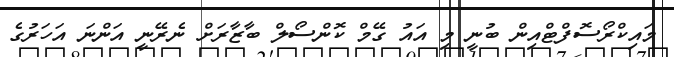
މައިކްރޯސޮފްޓްއިން ބުނީ މި އައު ގޭމް ކޮންސޯލް ބާޒާރަށް ނެރޭނީ އަންނަ އަހަރުގެ